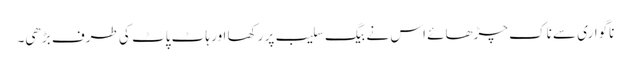
ناگواری سے ناک چڑھائے اس نے بیگ سلیب پر رکھا اور ہاٹ پاٹ کی طرف بڑھی۔